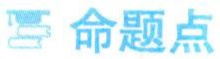
命题点